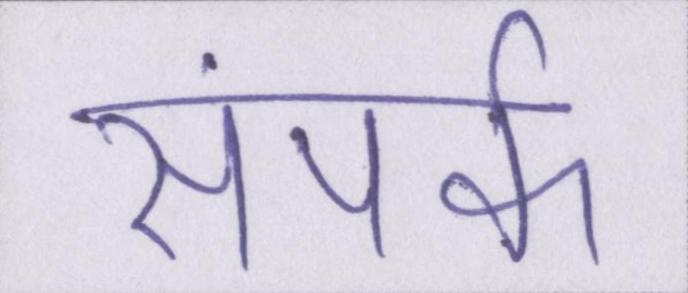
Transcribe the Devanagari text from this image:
संपर्क